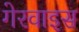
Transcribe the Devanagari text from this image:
गेरवाइस